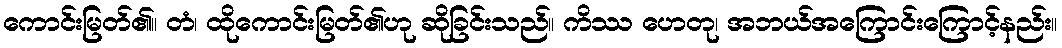
ကောင်းမြတ်၏။ တံ၊ ထိုကောင်းမြတ်၏ဟု ဆိုခြင်းသည်။ ကိဿ ဟေတု၊ အဘယ်အကြောင်းကြောင့်နည်း။